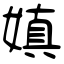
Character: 嫃